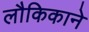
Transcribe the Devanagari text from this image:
लौकिकाने